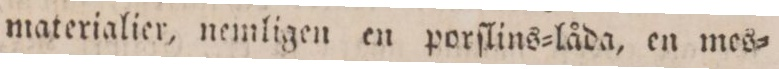
materialier, nemligen en porſlins=låda, en mes=